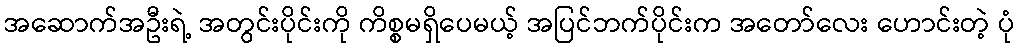
အဆောက်အဦးရဲ့ အတွင်းပိုင်းကို ကိစ္စမရှိပေမယ့် အပြင်ဘက်ပိုင်းက အတော်လေး ဟောင်းတဲ့ ပုံ